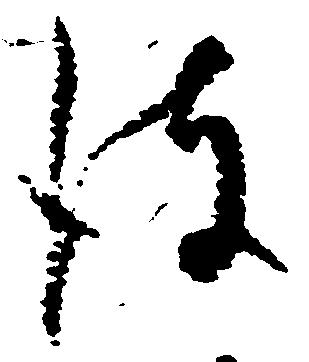
彼